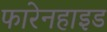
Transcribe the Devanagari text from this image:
फारेनहाइड